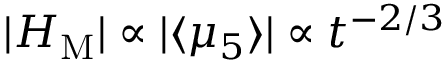
| { \cal H } _ { \mathrm { M } } | \propto | \langle \mu _ { 5 } \rangle | \propto t ^ { - 2 / 3 }